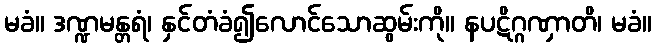
မခံ။ ဒဏ္ဍမန္တရံ၊ နှင်တံခံ၍လောင်သောဆွမ်းကို။ နပဋိဂ္ဂဏှာတိ၊ မခံ။